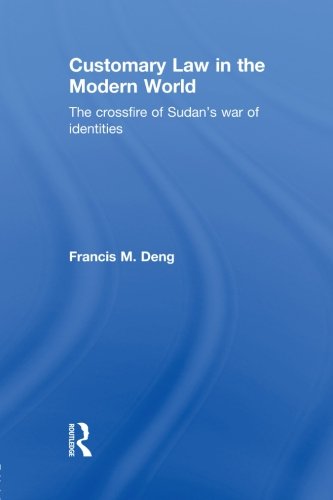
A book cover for Customary Law in the Modern World: The Crossfire of Sudan's War of Identities; Francis Deng; Law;